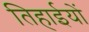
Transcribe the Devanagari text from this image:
तिहाईयों